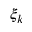
\xi _ { k }